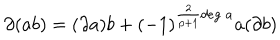
LaTeX: \partial ( a b ) = ( \partial a ) b + ( - 1 ) ^ { \frac { 2 } { p + 1 } d e g \; a } a ( \partial b )